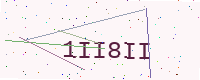
Text: 1II8II